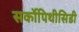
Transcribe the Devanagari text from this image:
सर्कोपिथीसिडी